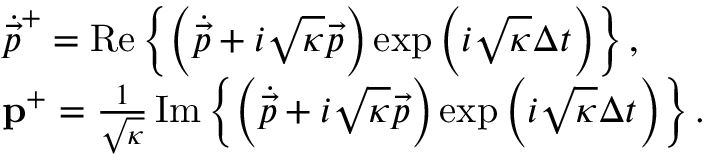
\begin{array} { r l } & { \dot { \vec { p } } ^ { + } = \operatorname { R e } \left\{ \left( \dot { \vec { p } } + i \sqrt { \kappa } \vec { p } \right) \exp \left( i \sqrt { \kappa } \Delta t \right) \right\} , } \\ & { \mathbf { p } ^ { + } = \frac { 1 } { \sqrt { \kappa } } \operatorname { I m } \left\{ \left( \dot { \vec { p } } + i \sqrt { \kappa } \vec { p } \right) \exp \left( i \sqrt { \kappa } \Delta t \right) \right\} . } \end{array}